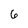
Character: 6